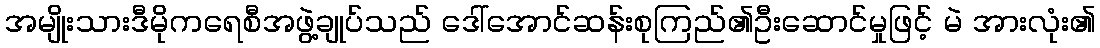
အမျိုးသားဒီမိုကရေစီအဖွဲ့ချုပ်သည် ဒေါ်အောင်ဆန်းစုကြည်၏ဦးဆောင်မှုဖြင့် မဲ အားလုံး၏